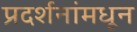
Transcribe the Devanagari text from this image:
प्रदर्शनांमधून